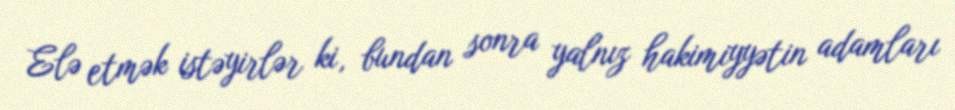
Elə etmək istəyirlər ki, bundan sonra yalnız hakimiyyətin adamları